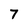
Character: 7